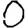
Digit: 0